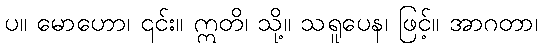
ပ။ မောဟော၊ ၎င်း။ ဣတိ၊ သို့။ သရူပေန၊ ဖြင့်။ အာဂတာ၊